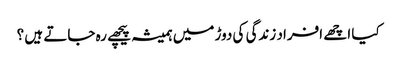
کیا اچھے افراد زندگی کی دوڑ میں ہمیشہ پیچھے رہ جاتے ہیں ؟